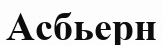
Асбьерн